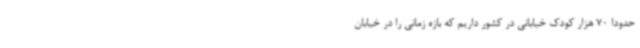
حدوداً 70 هزار کودک خیابانی در کشور داریم که بازه زمانی را در خیابان